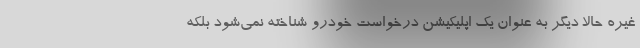
غیره حالا دیگر به عنوان یک اپلیکیشن درخواست خودرو شناخته نمی‌شود بلکه